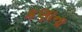
કણાના